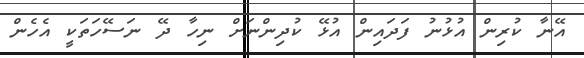
އޭނާ ކުރިން އުޅުނު ފަދައިން އުޅޭ ކުދިންނަށް ނިހާ ދޭ ނަސޭހަތަކީ އެހެން